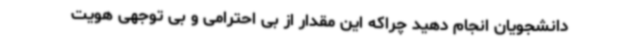
دانشجویان انجام دهید چراکه این مقدار از بی احترامی و بی توجهی هویت